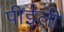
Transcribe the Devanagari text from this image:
पीईली